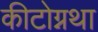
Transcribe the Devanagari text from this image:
कीटोग्नथा